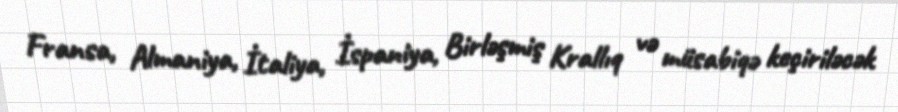
Fransa, Almaniya, İtaliya, İspaniya, Birləşmiş Krallıq və müsabiqə keçiriləcək